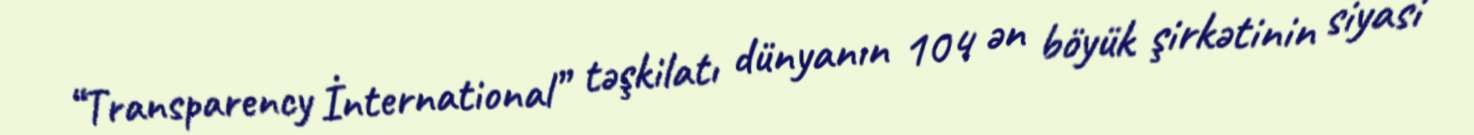
“Transparency İnternational” təşkilatı dünyanın 104 ən böyük şirkətinin siyasi